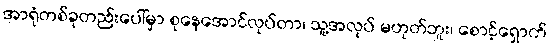
အာရုံတစ်ခုတည်းပေါ်မှာ စုနေအောင်လုပ်တာ၊ သူ့အလုပ် မဟုတ်ဘူး၊ စောင့်ရှောက်